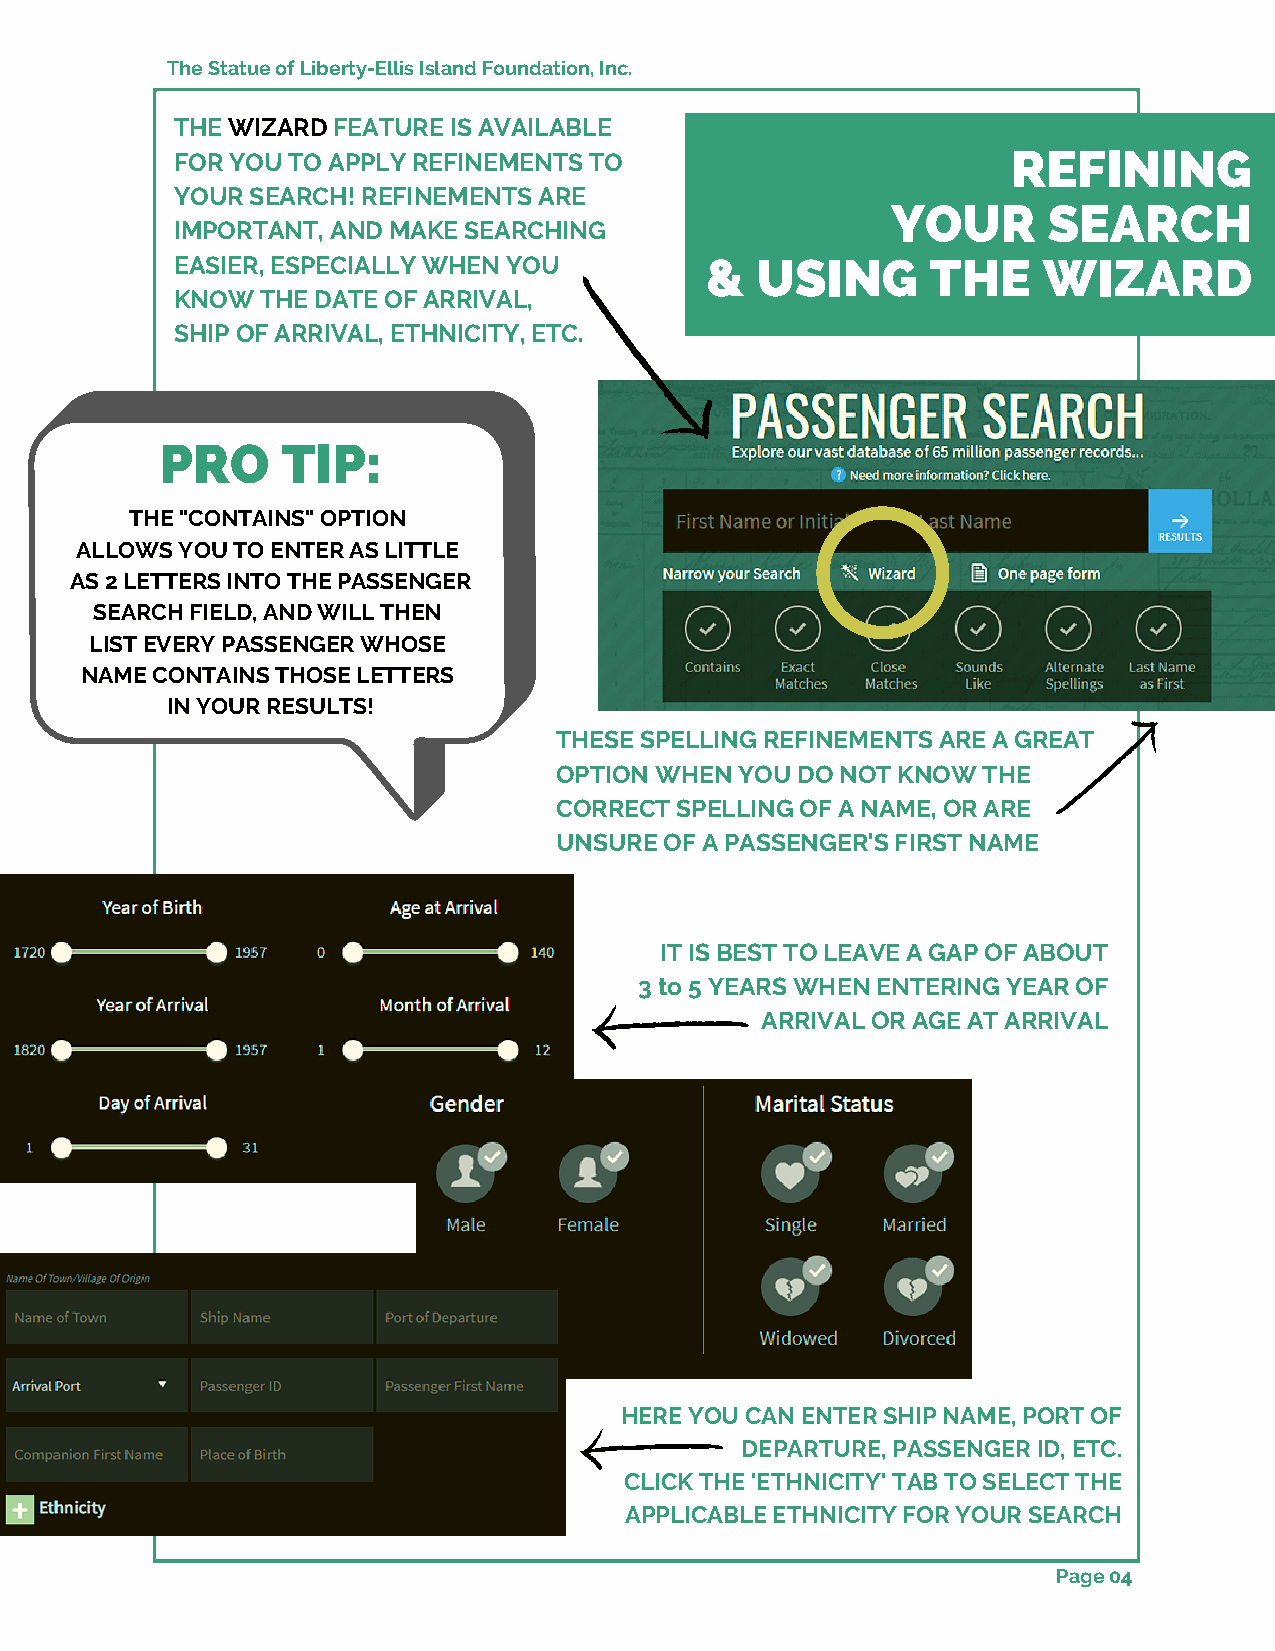
The Statue of Liberty-Ellis Island Foundation, Inc.
 THE WIZARD FEATURE IS AVAILABLE
 FOR YOU TO APPLY REFINEMENTS TO                        REFINING
 YOUR SEARCH! REFINEMENTS ARE
 YOUR      SEARCH
 IMPORTANT, AND MAKE SEARCHING
 EASIER, ESPECIALLY WHEN YOU        &  USING       THE    WIZARD
 KNOW THE DATE OF ARRIVAL,
 SHIP OF ARRIVAL, ETHNICITY, ETC.
 PRO     TIP:
 THE "CONTAINS" OPTION
 ALLOWS YOU TO ENTER AS LITTLE
 AS 2 LETTERS INTO THE PASSENGER
 SEARCH FIELD, AND WILL THEN
 LIST EVERY PASSENGER WHOSE
 NAME CONTAINS THOSE LETTERS
 IN YOUR RESULTS!
 THESE SPELLING REFINEMENTS ARE A GREAT
 OPTION WHEN YOU DO NOT KNOW THE
 CORRECT SPELLING OF A NAME, OR ARE
 UNSURE OF A PASSENGER'S FIRST NAME
 IT IS BEST TO LEAVE A GAP OF ABOUT
 3 to 5 YEARS WHEN ENTERING YEAR OF
 ARRIVAL OR AGE AT ARRIVAL
 HERE YOU CAN ENTER SHIP NAME, PORT OF
 DEPARTURE, PASSENGER ID, ETC.
 CLICK THE 'ETHNICITY' TAB TO SELECT THE
 APPLICABLE ETHNICITY FOR YOUR SEARCH
 Page 04